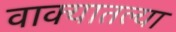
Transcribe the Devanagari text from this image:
वाक्यातल्या